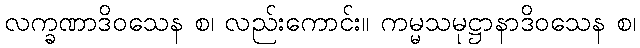
လက္ခဏာဒိဝသေန စ၊ လည်းကောင်း။ ကမ္မသမုဋ္ဌာနာဒိဝသေန စ၊